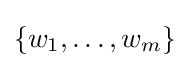
\{w_{1},\dots ,w_{m}\}